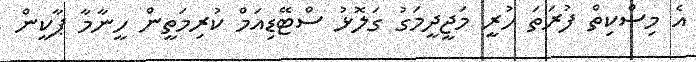
އެ މިސްކިތް ފުރަތަަ ހުރީ މަޖީދީމަގު ގަލޮޅު ސްޓޭޑިއަމް ކުރިމަތީން ހީނާމާ ޕާކީން